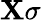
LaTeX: \mathbf{X}\sigma